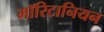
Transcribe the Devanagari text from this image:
मॉरिटानियन